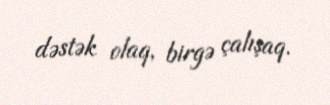
dəstək olaq, birgə çalışaq.